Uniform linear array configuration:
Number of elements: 32
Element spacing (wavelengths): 0.25
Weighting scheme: uniform
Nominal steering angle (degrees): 45
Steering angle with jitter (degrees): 45.918
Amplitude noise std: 0.05
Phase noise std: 0.05

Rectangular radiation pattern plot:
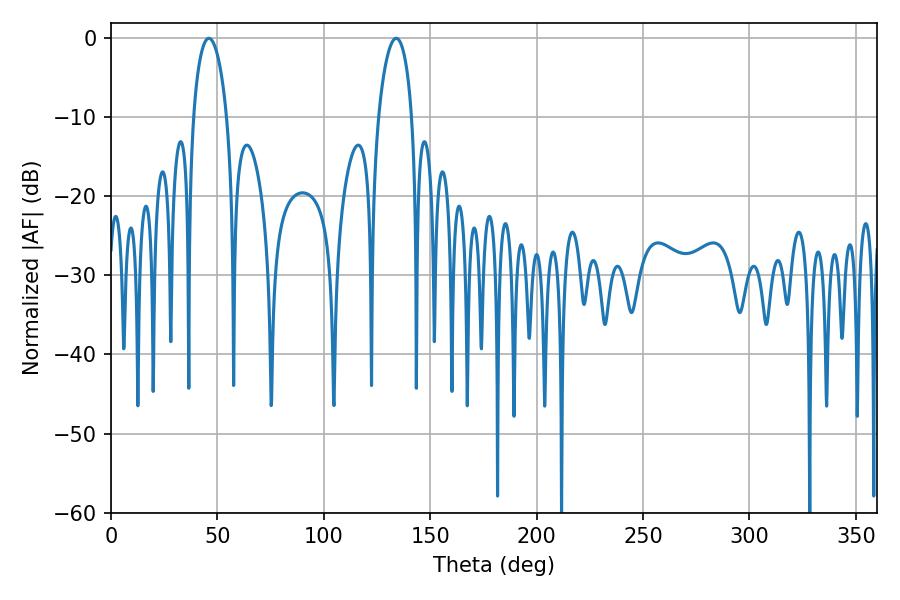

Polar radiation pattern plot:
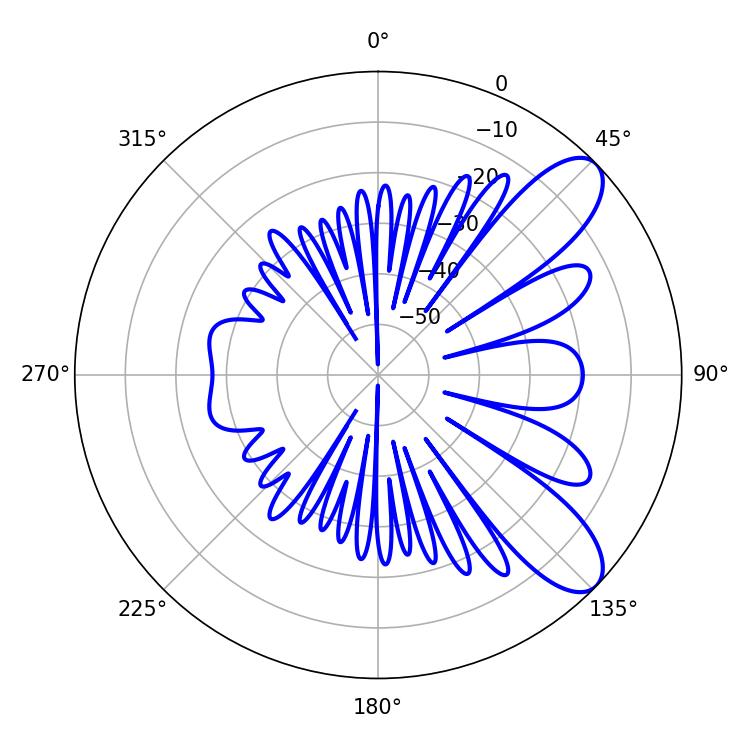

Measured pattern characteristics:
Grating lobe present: FALSE
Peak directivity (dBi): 8.966
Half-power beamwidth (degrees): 8.82
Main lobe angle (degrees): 45.9